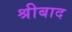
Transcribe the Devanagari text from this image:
श्रीबाद